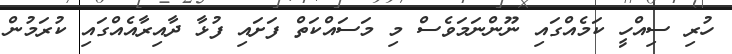
ހުރި ސިއްހީ ކަމެއްގައި ނޫންނަމަވެސް މި މަސައްކަތް ފަށައި ފުޅާ ދާއިރާއެއްގައި ކުރަމުން